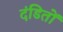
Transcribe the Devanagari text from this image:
दंडितों